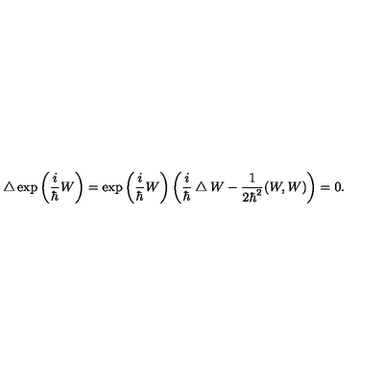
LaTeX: \bigtriangleup \exp \left( \frac { i } { \hbar } W \right) = \exp \left( \frac { i } { \hbar } W \right) \left( \frac { i } { \hbar } \bigtriangleup W - \frac { 1 } { 2 \hbar ^ { 2 } } ( W , W ) \right) = 0 .